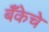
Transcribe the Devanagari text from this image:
बॅँकेचे